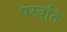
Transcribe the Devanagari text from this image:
परवर्ति